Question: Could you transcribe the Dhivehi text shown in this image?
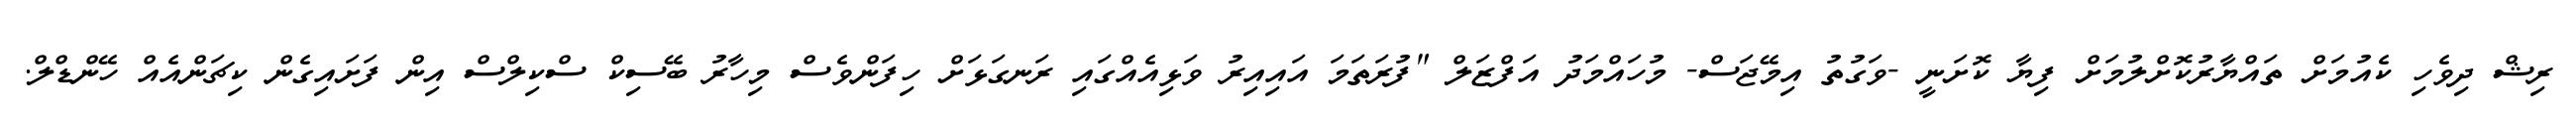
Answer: ރިޝް ދިވެހި ކެއުމަށް ތައްޔާރުކޮށްލުމަށް ފިޔާ ކޮށަނީ -ވަގުތު އިމޭޖަސް- މުހައްމަދު އަފްޒަލް "ފުރަތަމަ އައިއިރު ވަޅިއެއްގައި ރަނގަޅަށް ހިފަންވެސް މިހާރު ބޭސިކް ސްކިލްސް އިން ފަށައިގެން ކިޗަންއެއް ހޭންޑްލް.